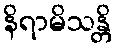
နိရာမိသန္တိ